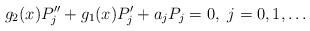
LaTeX: \begin{align*} g_2(x)P_j''+g_1(x)P_j'+a_j P_j=0,\ j=0,1,\ldots \end{align*}